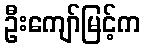
ဦးကျော်မြင့်က